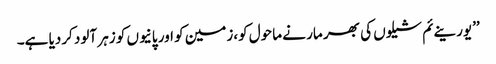
’’یورینےئم شیلوں کی بھر مار نے ماحول کو،زمین کو اور پانیوں کو زہر آلود کردیا ہے۔